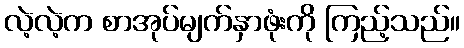
လဲ့လဲ့က စာအုပ်မျက်နှာဖုံးကို ကြည့်သည်။